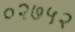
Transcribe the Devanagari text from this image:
०२७५२